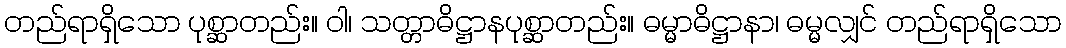
တည်ရာရှိသော ပုစ္ဆာတည်း။ ဝါ၊ သတ္တာဓိဋ္ဌာနပုစ္ဆာတည်း။ ဓမ္မာဓိဋ္ဌာနာ၊ ဓမ္မလျှင် တည်ရာရှိသော